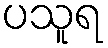
ပသူရ